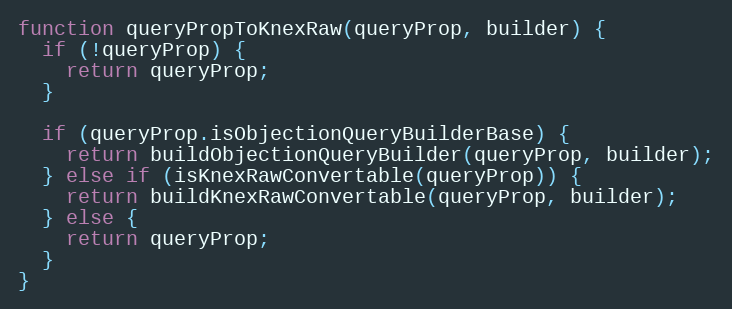
Language: JavaScript
function queryPropToKnexRaw(queryProp, builder) {
  if (!queryProp) {
    return queryProp;
  }

  if (queryProp.isObjectionQueryBuilderBase) {
    return buildObjectionQueryBuilder(queryProp, builder);
  } else if (isKnexRawConvertable(queryProp)) {
    return buildKnexRawConvertable(queryProp, builder);
  } else {
    return queryProp;
  }
}